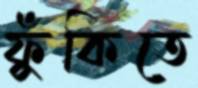
ফুঁকিতে